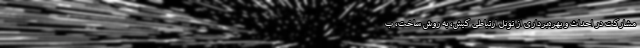
مشارکت در احداث و بهره‌برداری از تونل ارتباطی کیش، به روش ساخت، ب